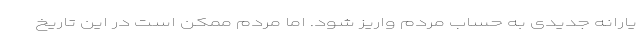
یارانه جدیدی به حساب مردم واریز شود. اما مردم ممکن است در این تاریخ